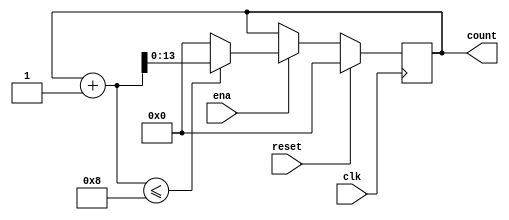
`define SIMULATION_MEMORY

module counter_8_1 (
	input clk,
	input reset,
	input ena,
	output reg [13:0] count
);

always @ (posedge clk) begin 
	if (reset) begin
		count <= 0;
	end else if (ena) begin
		if((count + 1) <= 8) begin
			count <= count + 1;
		end else begin
			count <= 14'd0;
		end
	end
end

endmodule